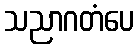
သညာဂတံပေ